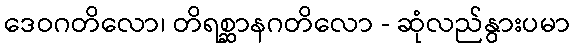
ဒေဝဂတိလော၊ တိရစ္ဆာနဂတိလော - ဆုံလည်နွားပမာ